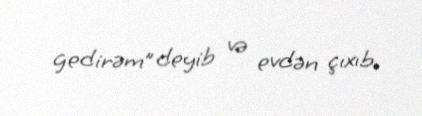
gedirəm” deyib və evdən çıxıb.